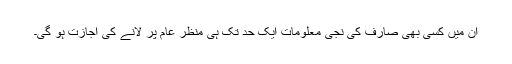
ان میں کسی بھی صارف کی نجی معلومات ایک حد تک ہی منظر عام پر لانے کی اجازت ہو گی۔